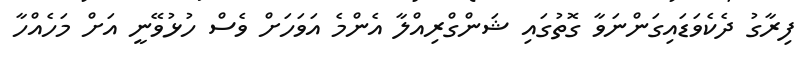
ފިރާގު ދެކެވަޑައިގަންނަވާ ގޮތުގައި ޝަންގްރިއްލާ އެންމެ އަވަހަށް ވެސް ހުޅުވޭނީ އަށް މަހެއްހާ